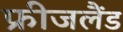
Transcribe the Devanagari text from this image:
फ्रीजलैंड